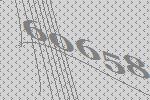
60658